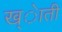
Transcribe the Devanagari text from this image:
ख्ेाती